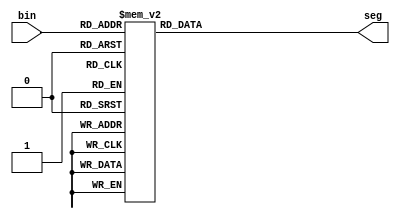
module bin2seg(bin, seg);

input wire [3:0] bin;
output reg [6:0] seg;

always @(*)
  case (bin)
	 0 : seg = ~7'b0111111;
	 1 : seg = ~7'b0000110;
	 2 : seg = ~7'b1011011;
	 3 : seg = ~7'b1001111;
	 4 : seg = ~7'b1100110;
	 5 : seg = ~7'b1101101;
	 6 : seg = ~7'b1111101;
	 7 : seg = ~7'b0000111;
	 8 : seg = ~7'b1111111;
	 9 : seg = ~7'b1101111;
	 10: seg = ~7'b1110111;
	 11: seg = ~7'b1111100;
	 12: seg = ~7'b0111001;
	 13: seg = ~7'b1011110;
	 14: seg = ~7'b1111001;
	 15: seg = ~7'b1110001;
  endcase
endmodule